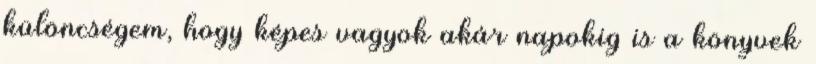
különcségem, hogy képes vagyok akár napokig is a könyvek